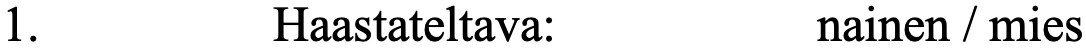
1.       Haastateltava:    nainen / mies